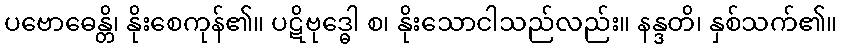
ပဗောဓေန္တိ၊ နိုးစေကုန်၏။ ပဋိဗုဒ္ဓေါ စ၊ နိုးသောငါသည်လည်း။ နန္ဒတိ၊ နှစ်သက်၏။